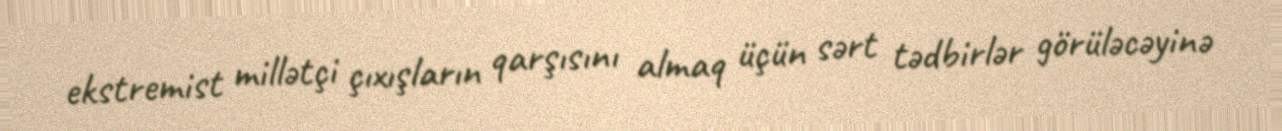
ekstremist millətçi çıxışların qarşısını almaq üçün sərt tədbirlər görüləcəyinə